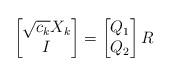
LaTeX: \begin{align*} \begin{bmatrix} \sqrt{c_k}X_k \\ I \end{bmatrix} = \begin{bmatrix} Q_1 \\ Q_2 \end{bmatrix}R \end{align*}